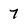
Character: 7